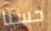
حسنا